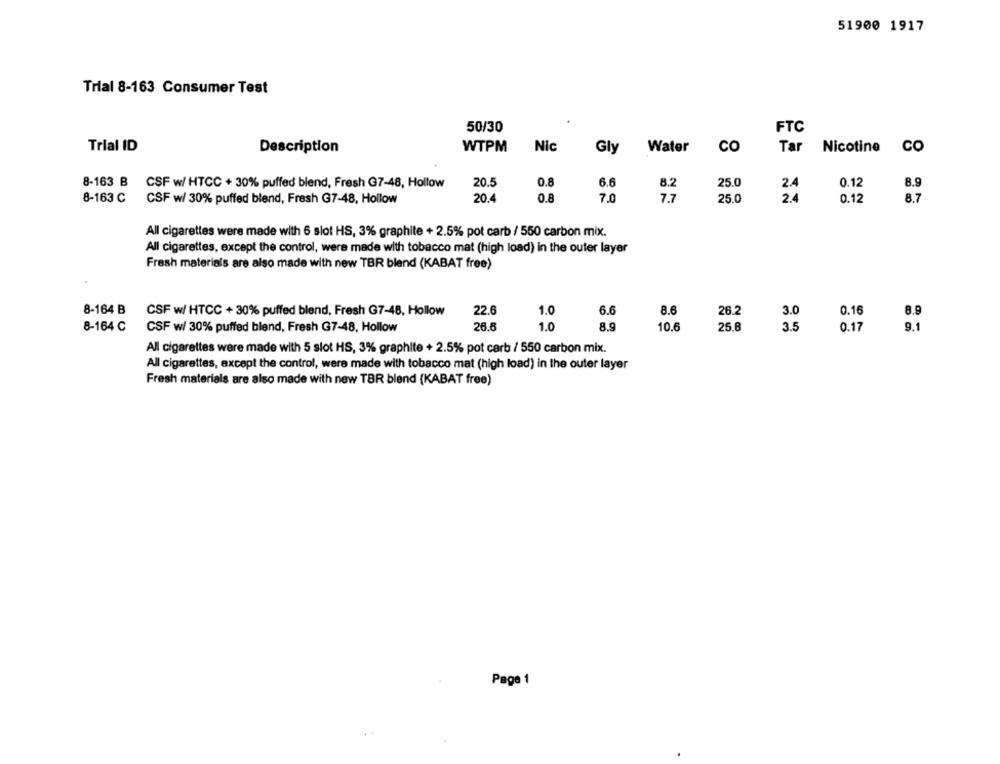
51900 1917
Trial 8-163 Consumer Test
50/30
FTC
Trial ID
Description
WTPM
Nic
Gly
Water
co
Tar
Nicotine
CO
20.5
0.8
6.6
8.2
25.0
2.4
0.12
8-163 B CSF w/ HTCC + 30% puffed blend, Fresh G7-48, Hollow
8.9
8-163 C
20.4
0.8
7.0
7.7
25.0
2.4
0.12
8.7
CSF w/ 30% puffed blend, Fresh G7-48, Hollow
All cigarettes were made with 6 slot HS, 3% graphite + 2.5% pot carb / 550 carbon mix.
All cigarettes, except the control, were made with tobacco mat (high load) in the outer layer
Fresh materials are also made with new TBR blend (KABAT free)
8-164 B CSF w/ HTCC + 30% puffed blend, Fresh G7-48, Hollow
22.6
1.0
6.6
8.6
26.2
3.0
0.16
8.9
8-164 C
CSF w/ 30% puffed blend, Fresh G7-48, Hollow
26.6
1.0
8.9
10.6
25.8
3.5
0.17
9.1
All cigarettes were made with 5 slot HS, 3% graphite + 2.5% pot carb / 550 carbon mix.
All cigarettes, except the control, were made with tobacco mat (high load) in the outer layer
Fresh materials are also made with new TBR blend (KABAT free)
Page 1